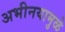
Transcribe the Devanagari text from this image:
अभीनयामुळे